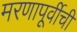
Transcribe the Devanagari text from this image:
मरणापूर्वीची